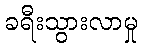
ခရီးသွားလာမှု